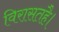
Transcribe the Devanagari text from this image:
विरासतहै।